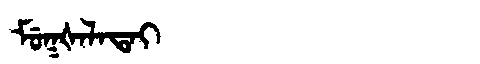
Manchu: ᠮᡠᡴᡧᠠᠯᠠᡨᠠᡳ
Romanization: MUKŠALATAI